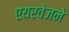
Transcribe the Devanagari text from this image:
एयरवेजने